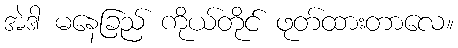
အဲဒါ မနေခြည် ကိုယ်တိုင် ဖုတ်ထားတာလေ။